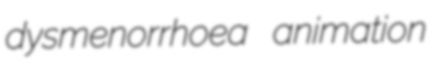
dysmenorrhoea animation